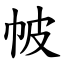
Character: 帔